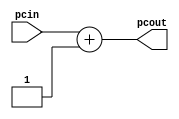
// Class: CSCI 401 Computer Architecture
// Term: SPR11
// Name(s): 
//
// Lab #1: Instruction Fetch Stage

//                              -*- Mode: Verilog -*-
// Description     : The incrementer module 
//                   of the IF stage of the pipeline
// Modified By     : Jason Fredrick and David Sturgeon
// Comments        : CHANGE: The incrementer is by 1 instead of by 4.
//                   This way, memory is word addressable.  If we need
//                   to change it later we will do that. You may make
//                   this change as well.

module incrementer (
   input  wire [31:0] pcin,      // Input of incrementer
   output wire [31:0] pcout      // Output of incrementer
   );
   assign pcout = pcin + 1;  // Increment PC by 1, *See Comments above
endmodule // incrementer